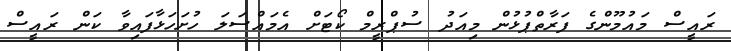
ރައީސް މައުމޫންގެ ފަރާތްޕުޅުން މިއަދު ސުޕްރީމް ކޯޓަށް އެމައްސަލަ ހުށަހަޅާފައިވާ ކަން ރައީސް